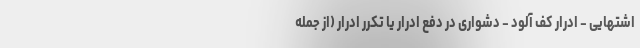
اشتهایی - ادرار کف آلود - دشواری در دفع ادرار یا تکرر ادرار (از جمله